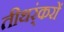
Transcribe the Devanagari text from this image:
तीथर्ंकरों